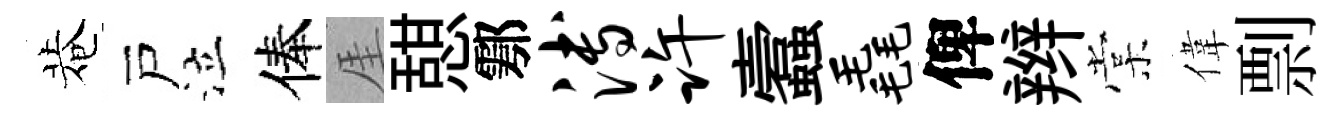
菴戸泣俸厓憇鄠溥许蠧毳俾辫棠偉剽